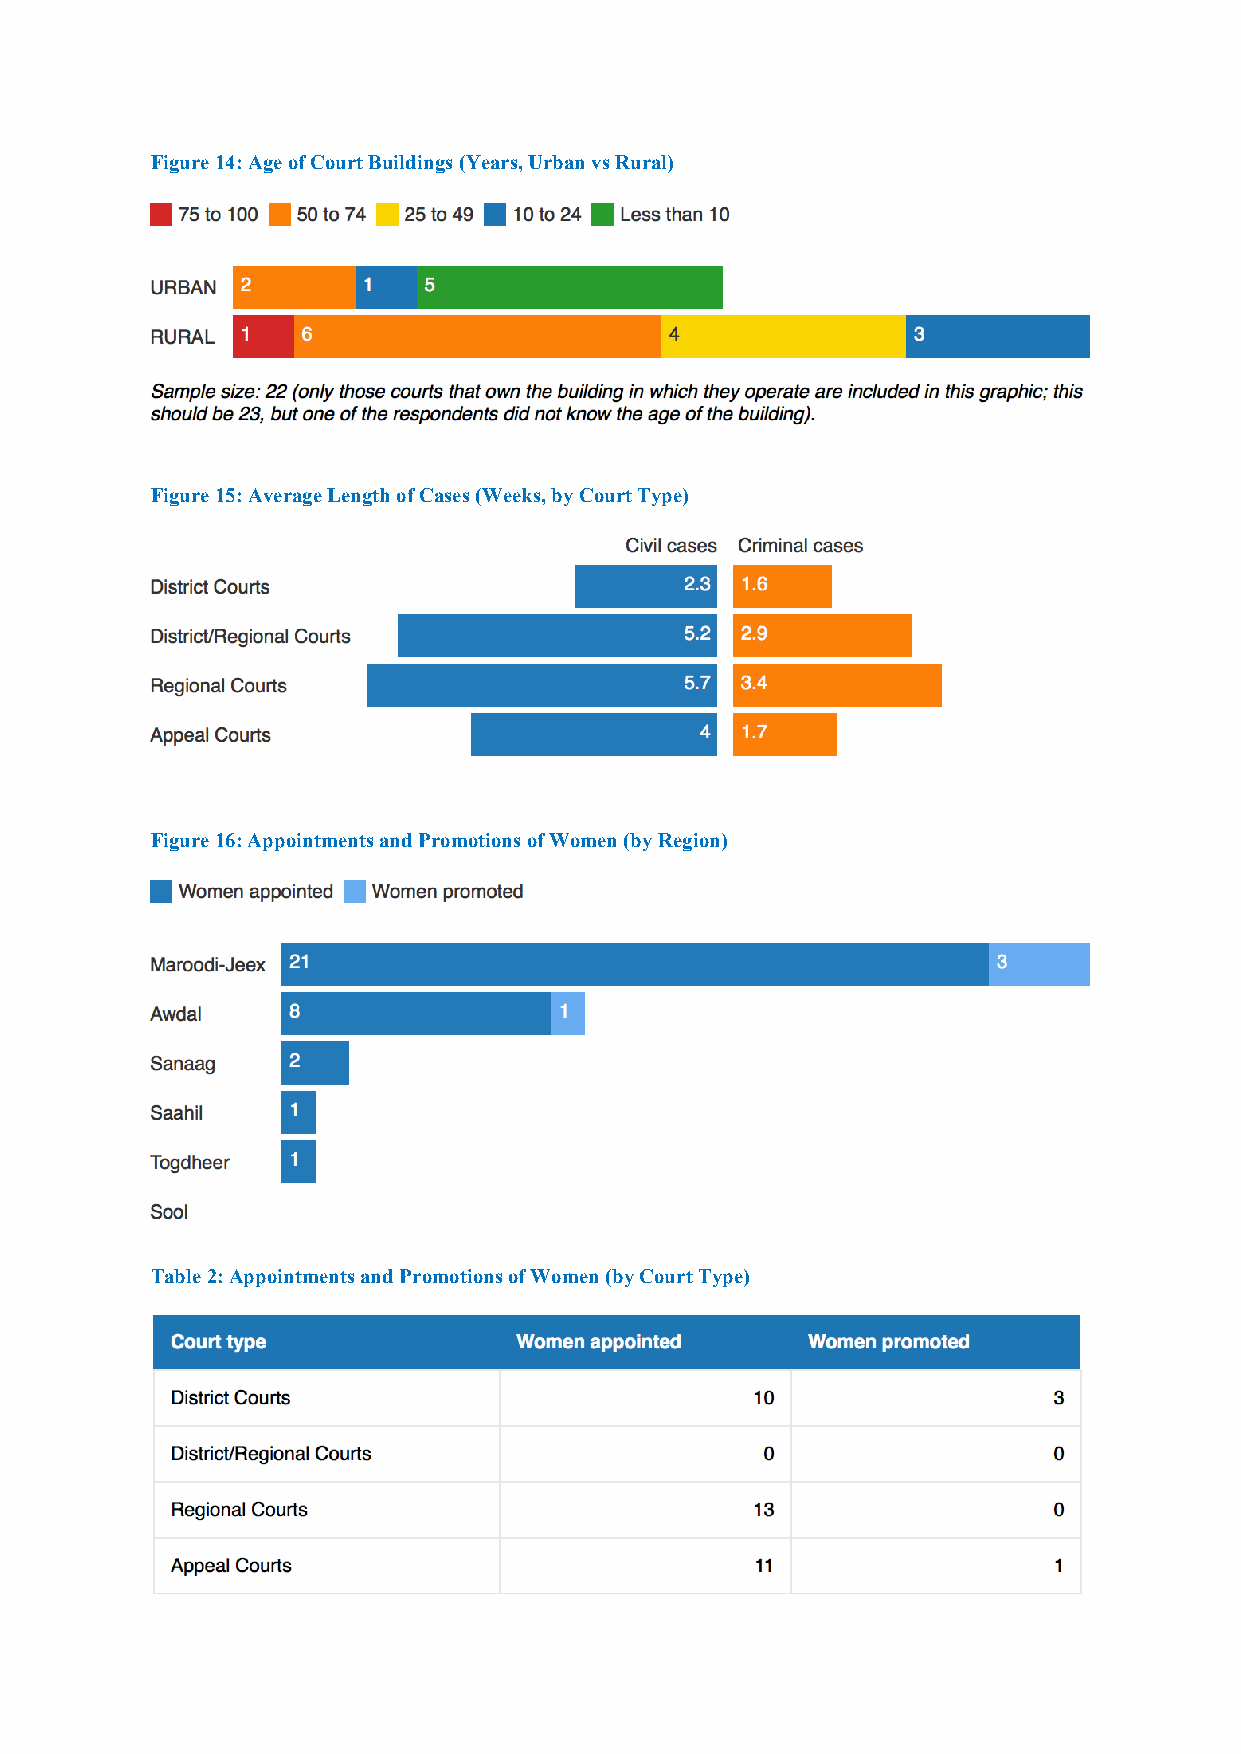
Figure 14: Age of Court Buildings (Years, Urban vs Rural)
 Figure 15: Average Length of Cases (Weeks, by Court Type)
 Figure 16: Appointments and Promotions of Women (by Region)
 Table 2: Appointments and Promotions of Women (by Court Type)